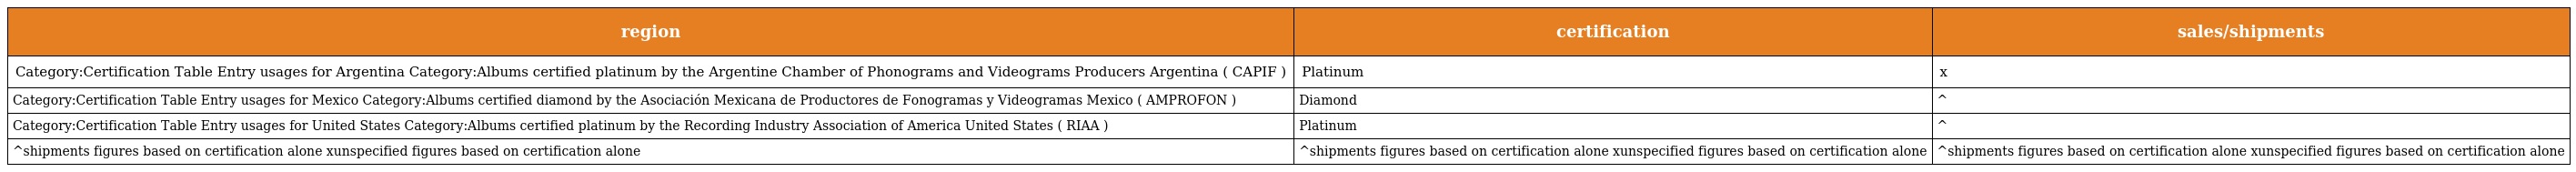
| region | certification | sales/shipments |
 | --- | --- | --- |
 | Category:Certification Table Entry usages for Argentina Category:Albums certified platinum by the Argentine Chamber of Phonograms and Videograms Producers Argentina ( CAPIF ) | Platinum | x |
 | Category:Certification Table Entry usages for Mexico Category:Albums certified diamond by the Asociación Mexicana de Productores de Fonogramas y Videogramas Mexico ( AMPROFON ) | Diamond | ^ |
 | Category:Certification Table Entry usages for United States Category:Albums certified platinum by the Recording Industry Association of America United States ( RIAA ) | Platinum | ^ |
 | ^shipments figures based on certification alone xunspecified figures based on certification alone | ^shipments figures based on certification alone xunspecified figures based on certification alone | ^shipments figures based on certification alone xunspecified figures based on certification alone |